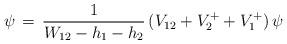
LaTeX: \begin{align*}\,\psi\,=\,{1\over W_{12}-h_1-h_2}\,(V_{12}+V^+_2+V^+_1)\,\psi\end{align*}